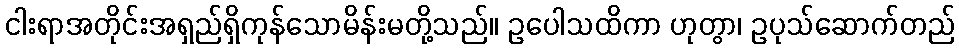
ငါးရာအတိုင်းအရှည်ရှိကုန်သောမိန်းမတို့သည်။ ဥပေါသထိကာ ဟုတွာ၊ ဥပုသ်ဆောက်တည်